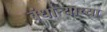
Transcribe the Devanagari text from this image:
बंधाऱ्याच्या